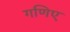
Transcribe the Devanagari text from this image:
गणिए